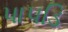
પાપડિ